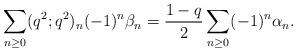
LaTeX: \begin{align*} \sum_{n \geq 0} (q^2; q^2)_n (-1)^n \beta_n = \frac{1-q}{2} \sum_{n \geq 0} (-1)^n \alpha_n.\end{align*}